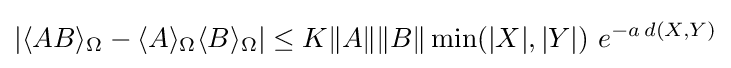
|\langle AB\rangle _{\Omega }-\langle A\rangle _{\Omega }\langle B\rangle _{\Omega }|\leq K\|A\|\|B\|\min(|X|,|Y|)\ e^{-a\,d(X,Y)}